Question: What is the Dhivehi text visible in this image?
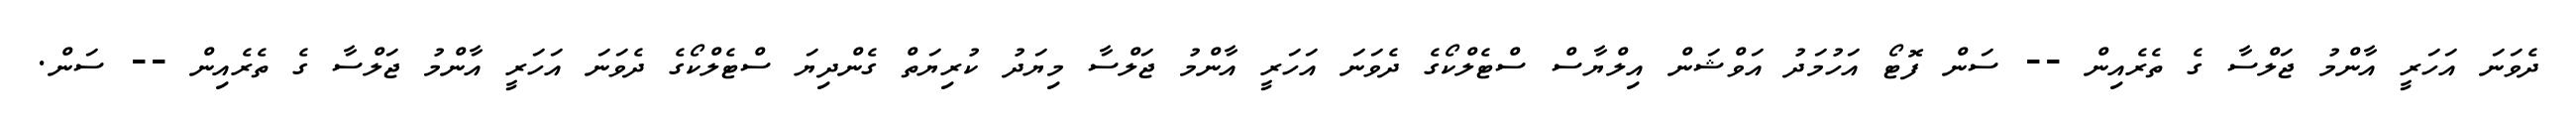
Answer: ދެވަނަ އަހަރީ އާންމު ޖަލްސާ ގެ ތެރެއިން -- ސަން ފޮޓޯ އަހުމަދު އަވްޝަން އިލްޔާސް ސްޓެލްކޯގެ ދެވަނަ އަހަރީ އާންމު ޖަލްސާ މިޔަދު ކުރިޔަތް ގެންދިޔަ ސްޓެލްކޯގެ ދެވަނަ އަހަރީ އާންމު ޖަލްސާ ގެ ތެރެއިން -- ސަން.